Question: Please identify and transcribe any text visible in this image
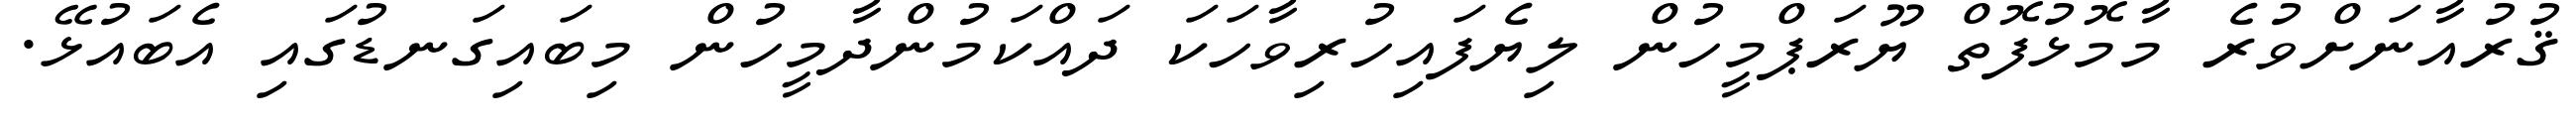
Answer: ޤުރުއާނަށްވުރެ މާމޮޅުފޮތް ޔޫރަޕްމީހުން ލިޔެފައިހުރިވާހަކަ ދައްކަމުންދާމީހުން މިބައިގަނޑުގައި އެބައުޅޭ.